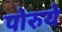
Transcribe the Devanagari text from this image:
पोरुये